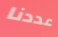
عددنا